Leningradi_Edasi_toimetus, lk 179
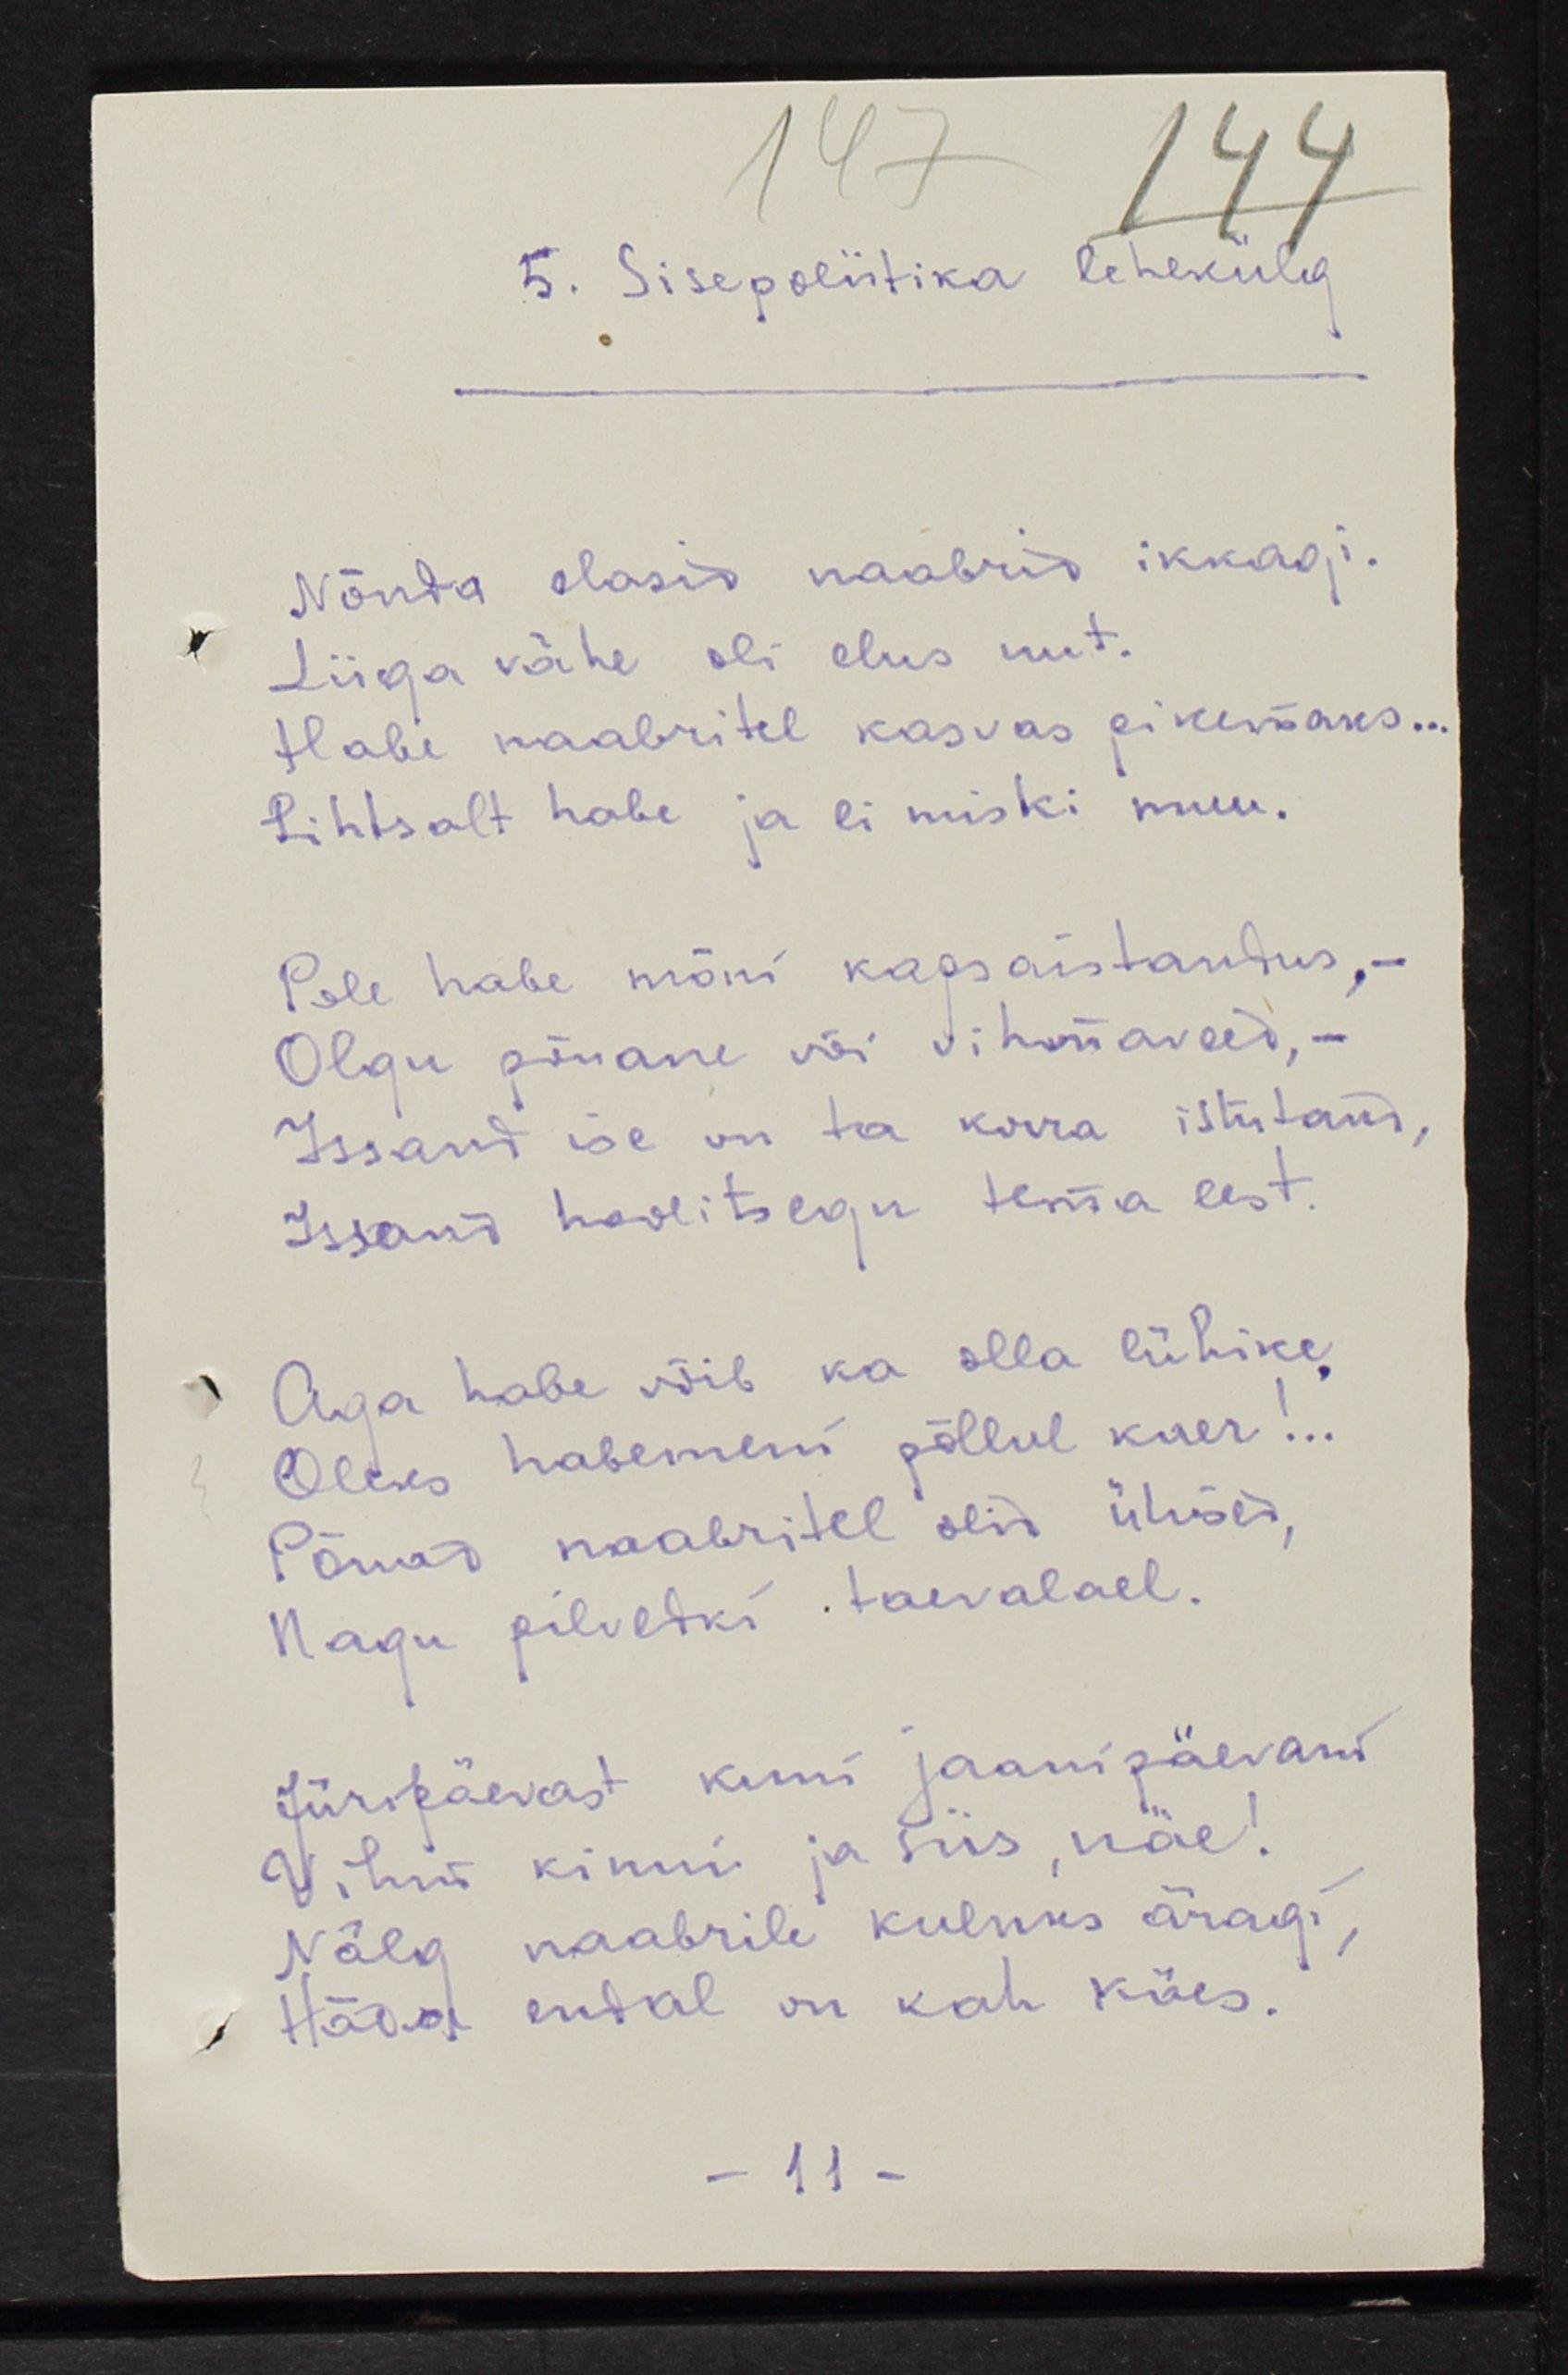
5. Sisepoliitika lehekülg
Nõnda elasid naabrid ikkagi.
Liiga vähe oli elus uut.
Habe naabritel kasvas pikemaks...
Lihtsalt habe ja ei miski muu.
Pole habe mõni kapsaistandus, -
Olgu põuane või vihmaveed, -
Issand ise on ta korra istutand, 
Issand hoolitsegu tema eest.
Aga habe võib ka olla lühike
Oleks habemeni põllul kaer!..
Põuad naabritel olid ühised, 
Nagu pilvedki taevalael.
Jüripäevast kuni jaanipäevani
Vihud kinni ja siis, näe!
Nälg naabrile kuluks äragi,
Häda endal on kah käes.